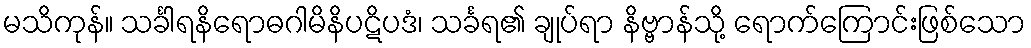
မသိကုန်။ သင်္ခါရနိရောဓဂါမိနိပဋိပဒံ၊ သင်္ခရ၏ ချုပ်ရာ နိဗ္ဗာန်သို့ ရောက်ကြောင်းဖြစ်သော